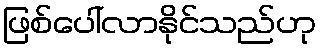
ဖြစ်ပေါ်လာနိုင်သည်ဟု